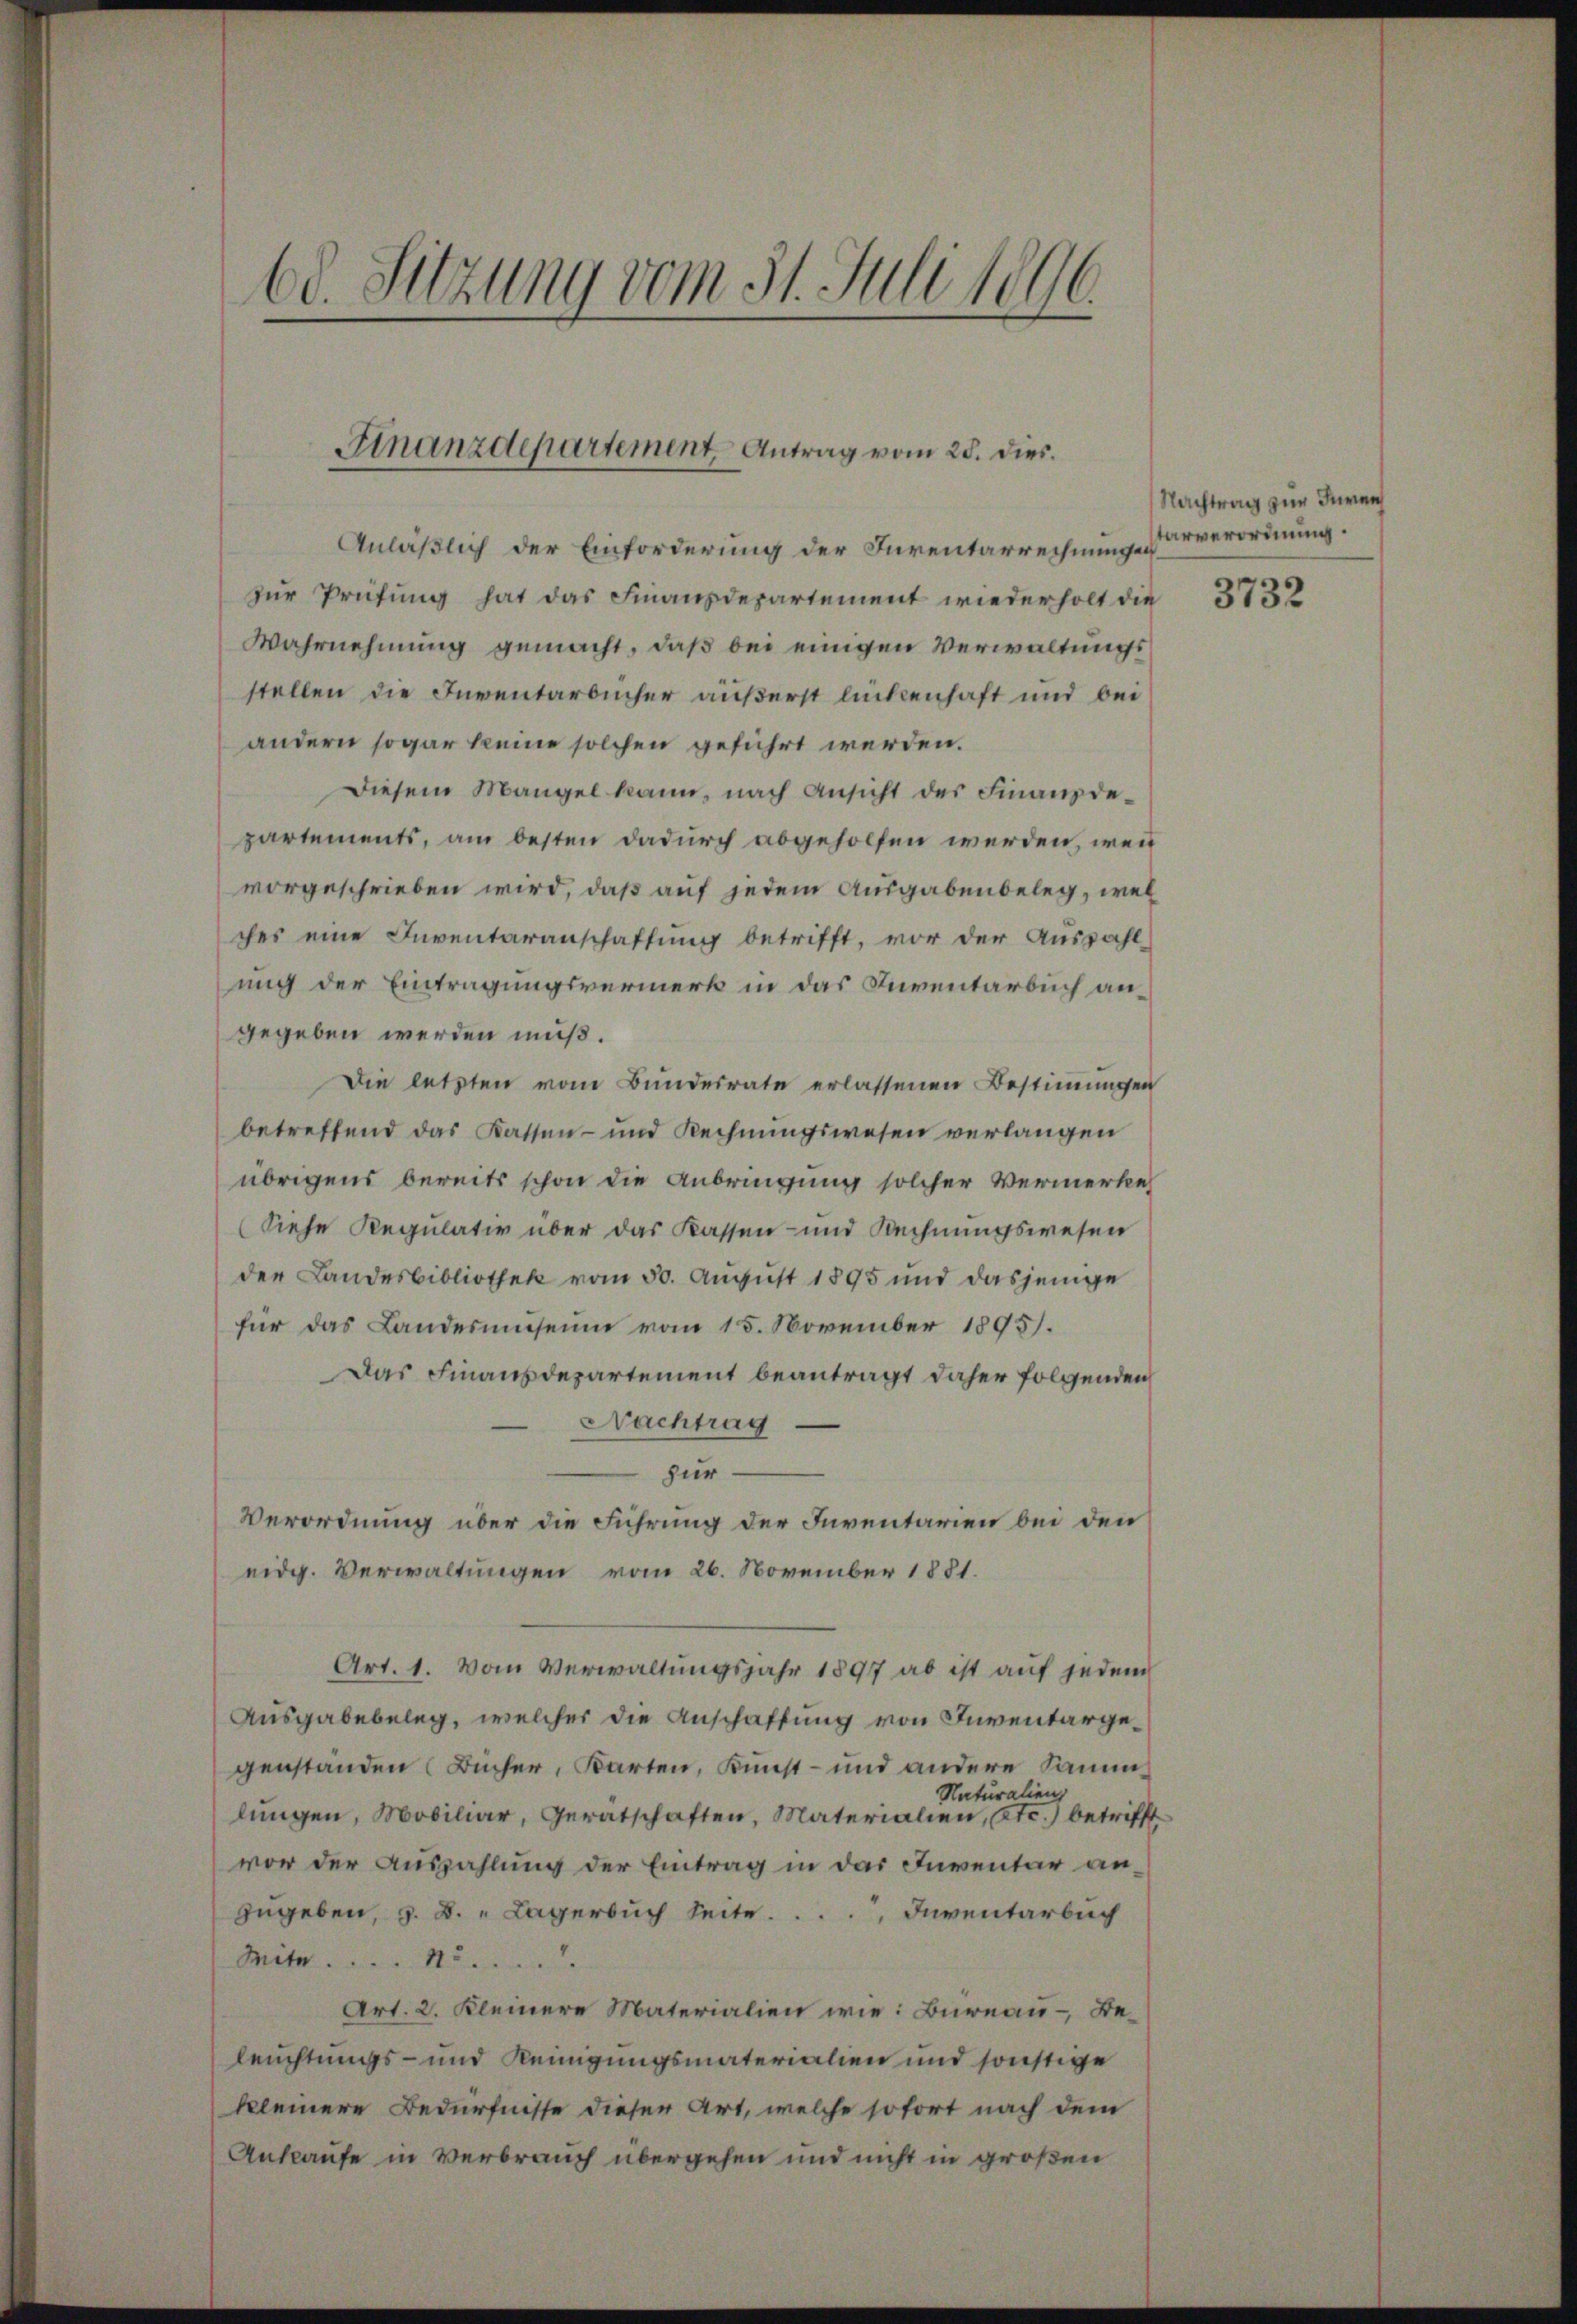
60. Sitzung vom 31. Juli 1896.

Anläßlich der Einforderung der Inventarrechnungen
zur Prüfung hat das Finanzdepartement wiederholt die 373
Wahrnehmung gemacht, daß bei einigen Verwaltungsstellen die Inventarbücher äußerst lückenhaft und bei
andern sogar keine solchen geführt werden.
Diesem Mangel kann, nach Ansicht des Finanzdepartements, am besten dadurch abgeholfen werden, wenn
vorgeschrieben wird, daß auf jedem Ausgabenbeleg, wel
ches eine Inventaranschaffung betrifft, vor der Auszahl-
ung der Eintragungsvermerk in das Inventarbuch angegeben werden muß.
Die letzten vom Bundesrate erlassenen Bestimmungen
betreffend das Kassen- und Rechnungswesen verlangen
übrigens bereits schon die Anbringung solcher Vermerke
(Siehe Regulativ über das Kassen- und Rechnungswesen
der Landesbibliothek vom 30. August 1895 und dasjenige
für das Landesmuseum vom 15. November 1895.
Das Finanzdepartement beantragt daher folgenden
Nachtrag
zur
Verordnung über die Führung der Inventarien bei den
eidg. Verwaltungen vom 26. November 1881.
Art. 1. Von Verwaltungsjahr 1897 ab ist auf jedem
Ausgabebeleg, welcher die Anschaftung von Inventargegenständen Bücher, Karten, Kunst- und andere Samm¬
Naturalienz
lungen, Mobiliar, Geratschaften, Materialien, etc.) betrifft.
vor der Auszahlung der Eintrag in das Inventar anzugeben, z. B. „ Lagerbuch Seite ..... Inventarbuch
Miter.  .. ......
Art. 2. Kleinere Materialien wie: Bureau - Beleuchtungs- und Reinigungsmaterialien und sonstige
kleinere Bedürfnisse dieser Art, welche sofort nach dem
Ankaufe in Verbrauch übergehen und nicht in großen

Finanzdepartement Antrag vom 28. dies.

Nachtrag zur Inven
tarverordnung.